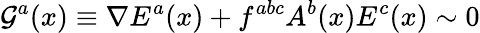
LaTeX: {\cal G}^{a}(x)\equiv\nabla E^{a}(x)+f^{abc}A^{b}(x)E^{c}(x)\sim 0